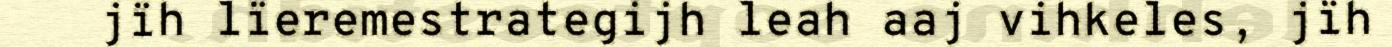
jïh lïeremestrategijh leah aaj vihkeles, jïh